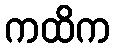
ကထိက